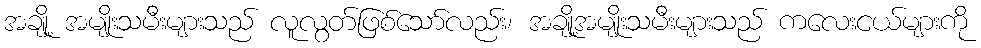
အချို့ အမျိုးသမီးများသည် လူလွတ်ဖြစ်သော်လည်း၊ အချို့အမျိုးသမီးများသည် ကလေးငယ်များကို